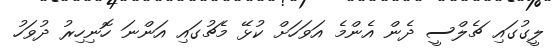
ލީގުގައި ޗެލްސީ ދެން އެންމެ އަަވަހަށް ކުޅޭ މެޗުގައި އަންނަ ހޮނިހިރު ދުވަހު